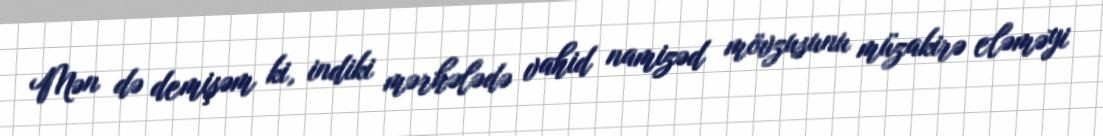
Mən də demişəm ki, indiki mərhələdə vahid namizəd mövzusunu müzakirə eləməyi